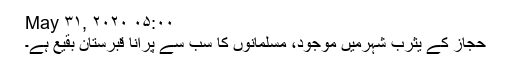
May ۳۱, ۲۰۲۰ ۰۵:۰۰
حجاز کے یثرب شہرمیں موجود، مسلمانوں کا سب سے پرانا قبرستان بقیع ہے۔